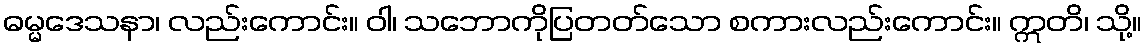
ဓမ္မဒေသနာ၊ လည်းကောင်း။ ဝါ၊ သဘောကိုပြတတ်သော စကားလည်းကောင်း။ ဣတိ၊ သို့။